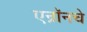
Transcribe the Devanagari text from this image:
एन्रॉनचे